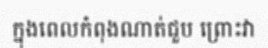
ក្នុងពេលកំពុងណាត់ជួប ព្រោះវា